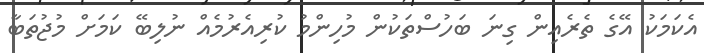
އެކަމަކު އޭގެ ތެރެއިން ގިނަ ބަހުސްތަކުން މުހިންމު ކުރިއެރުމެއް ނުލިބޭ ކަމަށް މުޖުތަބާ